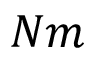
N m